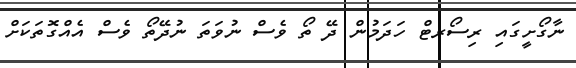
ނާގޯށީގައި ރިސޯރޓް ހަދަމުން ދޭ ތޯ ވެސް ނުވަތަ ނުދޭތޯ ވެސް އެެއްްގޮތަކަށް